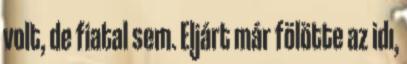
volt, de fiatal sem. Eljárt már fölötte az idı,